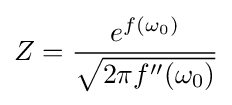
Z={\frac {e^{f(\omega _{0})}}{\sqrt {2\pi f''(\omega _{0})}}}